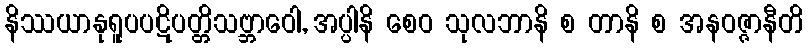
နိဿယာနုရူပပဋိပတ္တိသဗ္ဘာဝေါ, အပ္ပါနိ စေဝ သုလဘာနိ စ တာနိ စ အနဝဇ္ဇာနီတိ